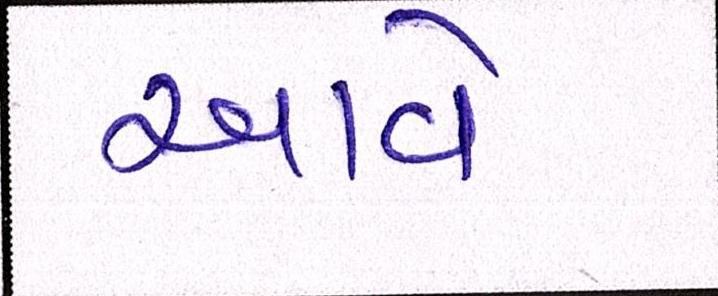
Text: આવેઃ